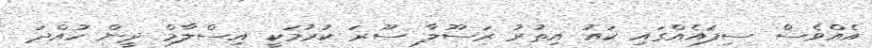
އެއްވެސް ސިފައެއްގައި ކައު އިތުރު ރަސޫލާ ސޫރަ ކުރުމަކީ އިސްލާމް ދީން ހުއްދަ